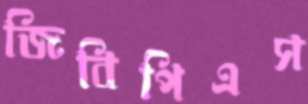
জিবিপিএস